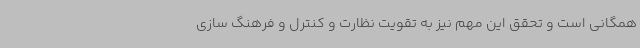
همگانی است و تحقق این مهم نیز به تقویت نظارت و کنترل و فرهنگ سازی